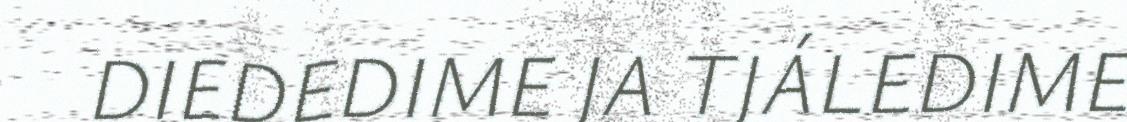
DIEDEDIME JA TJÁLEDIME